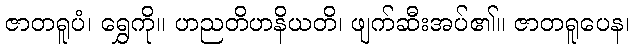
ဇာတရူပံ၊ ရွှေကို။ ဟညတိဟနိယတိ၊ ဖျက်ဆီးအပ်၏။ ဇာတရူပေန၊